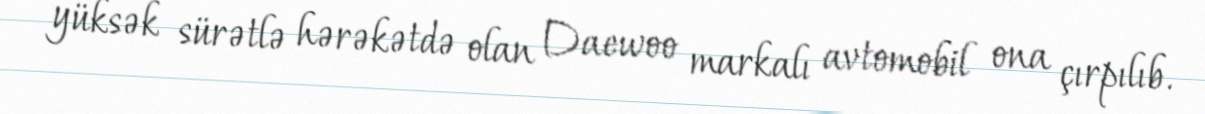
yüksək sürətlə hərəkətdə olan Daewoo markalı avtomobil ona çırpılıb.